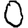
Digit: 0